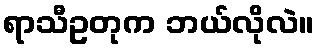
ရာသီဥတုက ဘယ်လိုလဲ။